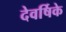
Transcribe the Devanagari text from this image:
देवर्षिके